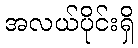
အလယ်ပိုင်းရှိ